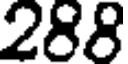
288